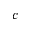
c